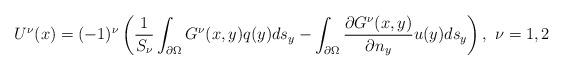
LaTeX: \begin{align*}U^\nu(x)=(-1)^\nu\left(\frac{1}{S_\nu} \int_{\partial \Omega} G^\nu(x,y) q(y)ds_y-\int_{\partial \Omega} \frac{\partial G^\nu(x,y)}{\partial n_y} u(y) ds_y\right), \ \nu=1,2\end{align*}